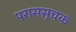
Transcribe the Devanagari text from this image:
पराससूचक